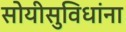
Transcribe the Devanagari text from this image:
सोयीसुविधांना